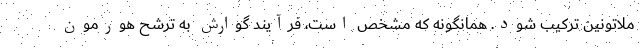
ملاتونین ترکیب شود. همانگونه که مشخص است، فرآیند گوارش به ترشح هورمون